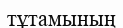
тұтамының